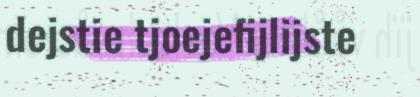
dejstie tjoejefijlijste